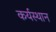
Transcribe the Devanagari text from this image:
कर्यस्थान